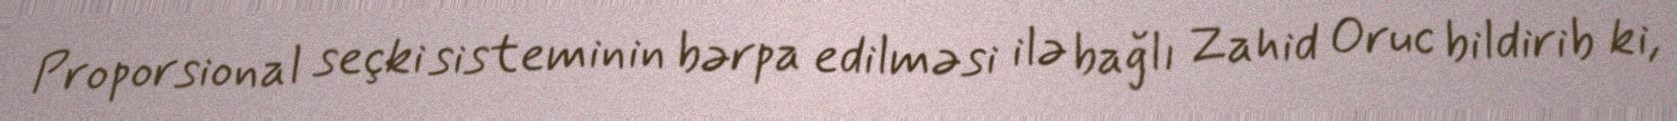
Proporsional seçki sisteminin bərpa edilməsi ilə bağlı Zahid Oruc bildirib ki,